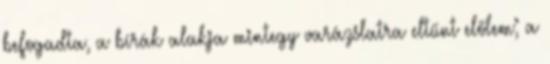
befogadta, a bírák alakja mintegy varázslatra eltűnt előlem; a